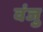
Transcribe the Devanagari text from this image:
वंजु